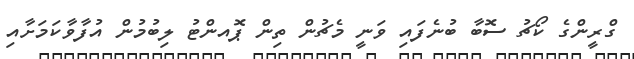
ގްރީންގެ ކޯޗު ސޮބާ ބުނެފައި ވަނީ މެޗުން ތިން ޕޮއންޓު ލިބުމުން އުފާވާކަމަށާއި